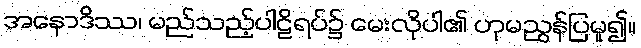
အနောဒိဿ၊ မည်သည့်ပါဠိရပ်၌ မေးလိုပါ၏ ဟုမညွန်ပြမူ၍။